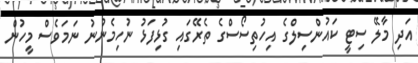
އަދި މާލޭ ސިޓީ ކައުންސިލްގެ އިހުތިސޯސްގެ ތެރޭގައި ގުޅިފަޅު ނުހިމެނުނު ނަމަވެސް މީހުން